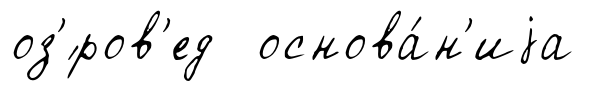
оз'́ров'ед основа́н'иjа